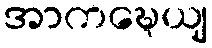
အာကဍ္ဎေယျ